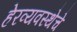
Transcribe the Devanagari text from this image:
हेरव्यवस्थेचे